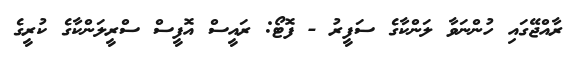
ރާއްޖޭގައި ހުންނަވާ ލަންކާގެ ސަފީރު - ފޮޓޯ: ރައީސް އޮފީސް ސްރީލަންކާގެ ކުރީގެ